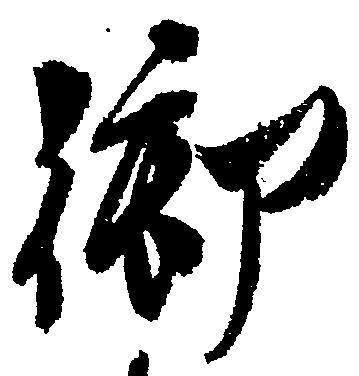
御